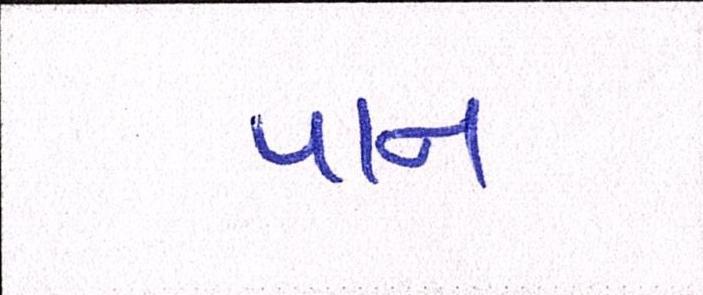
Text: પાન